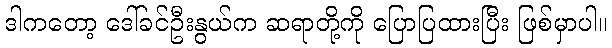
ဒါကတော့ ဒေါ်ခင်ဦးနွယ်က ဆရာတို့ကို ပြောပြထားပြီး ဖြစ်မှာပါ။